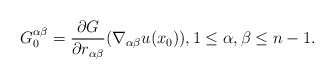
\begin{align*}G^{\alpha \beta}_0 = \frac{\partial G}{\partial r_{\alpha \beta}} (\nabla_{\alpha \beta} u (x_0)), 1 \leq \alpha, \beta \leq n-1.\end{align*}